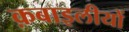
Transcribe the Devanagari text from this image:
क़बाइलीयों